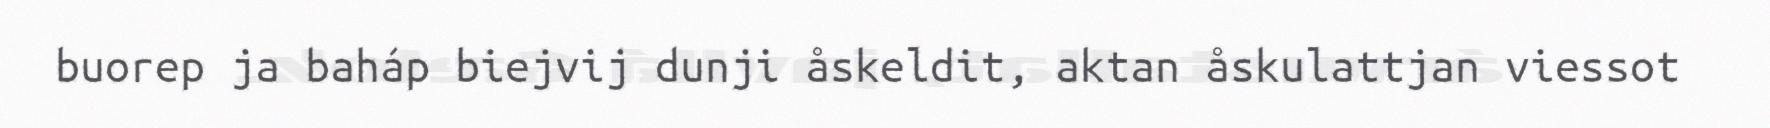
buorep ja baháp biejvij dunji åskeldit, aktan åskulattjan viessot